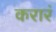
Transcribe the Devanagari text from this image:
करारं